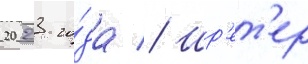
2023 го́да // Шр'ет'ер